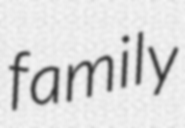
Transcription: family